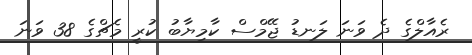
ރެއާލްގެ ދެ ވަނަ ލަނޑު ޖޭމްސް ކާމިޔާބު ކުރީ މެޗްގެ 38 ވަނަ